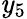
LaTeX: \mathit{y}_{5}